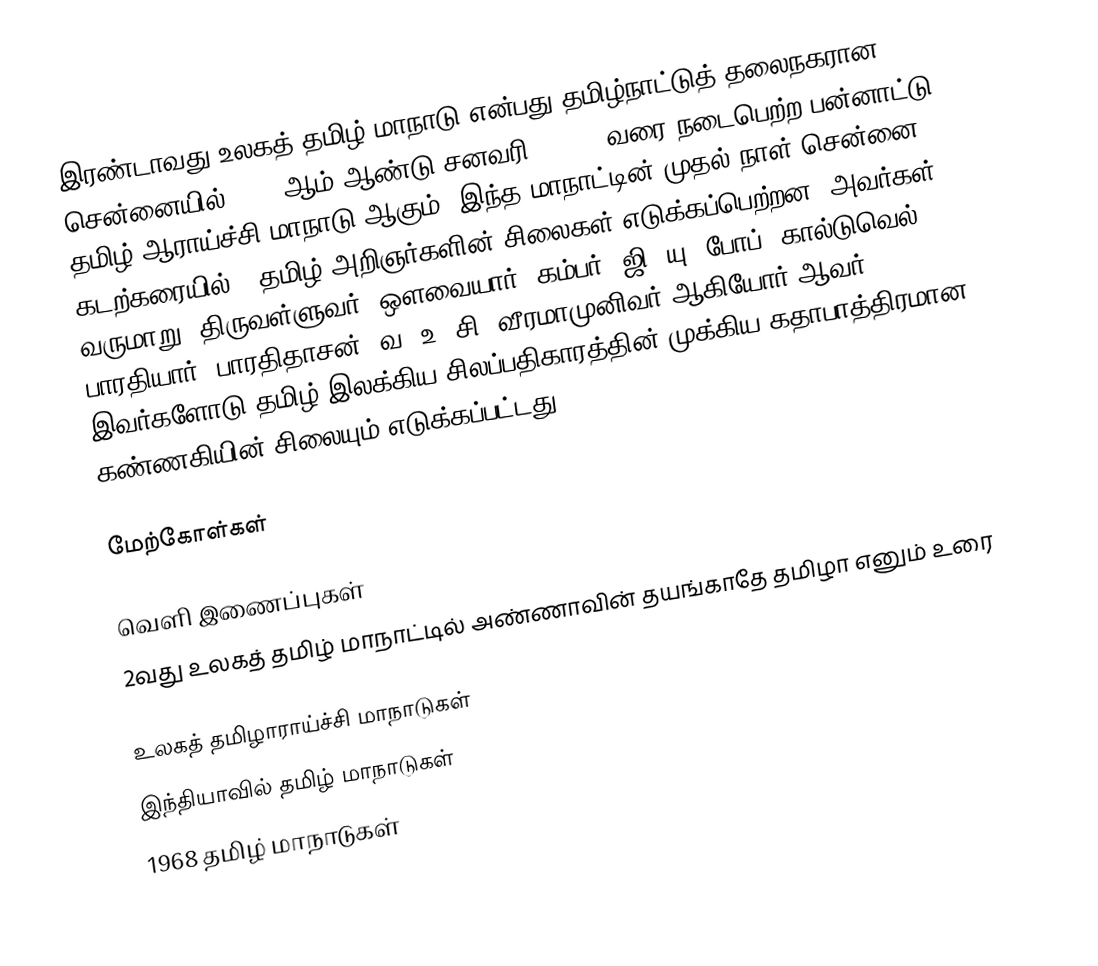
இரண்டாவது உலகத் தமிழ் மாநாடு என்பது தமிழ்நாட்டுத் தலைநகரான சென்னையில் 1968 ஆம் ஆண்டு  சனவரி 3 - 10 வரை நடைபெற்ற பன்னாட்டு தமிழ் ஆராய்ச்சி மாநாடு ஆகும்.  இந்த மாநாட்டின் முதல் நாள் சென்னை கடற்கரையில் 9 தமிழ் அறிஞர்களின் சிலைகள் எடுக்கப்பெற்றன.  அவர்கள் வருமாறு: திருவள்ளுவர், ஔவையார், கம்பர்,  ஜி. யு. போப், கால்டுவெல், பாரதியார், பாரதிதாசன், வ. உ. சி, வீரமாமுனிவர் ஆகியோர் ஆவர்.  இவர்களோடு தமிழ் இலக்கிய சிலப்பதிகாரத்தின் முக்கிய கதாபாத்திரமான கண்ணகியின் சிலையும்  எடுக்கப்பட்டது.

மேற்கோள்கள்

வெளி இணைப்புகள்
2வது உலகத் தமிழ் மாநாட்டில் அண்ணாவின் தயங்காதே தமிழா எனும் உரை

உலகத் தமிழாராய்ச்சி மாநாடுகள்
இந்தியாவில் தமிழ் மாநாடுகள்
1968 தமிழ் மாநாடுகள்